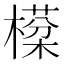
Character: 㯣